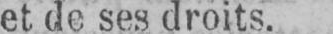
et de ses droits.